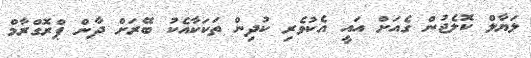
ލަޔާލް ކޮލެޖުން ގެއަށް އައީ އެކުވެރި ކުދިން ތަކަކާއެކު ބޭރަށް ދާން ޕްރޮގްރާމް